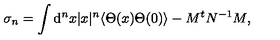
\sigma _ { n } = \int \mathrm { d } ^ { n } x | x | ^ { n } \langle \Theta ( x ) \Theta ( 0 ) \rangle - M ^ { t } N ^ { - 1 } M ,